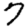
Digit: 7